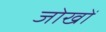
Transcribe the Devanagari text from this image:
जोखों